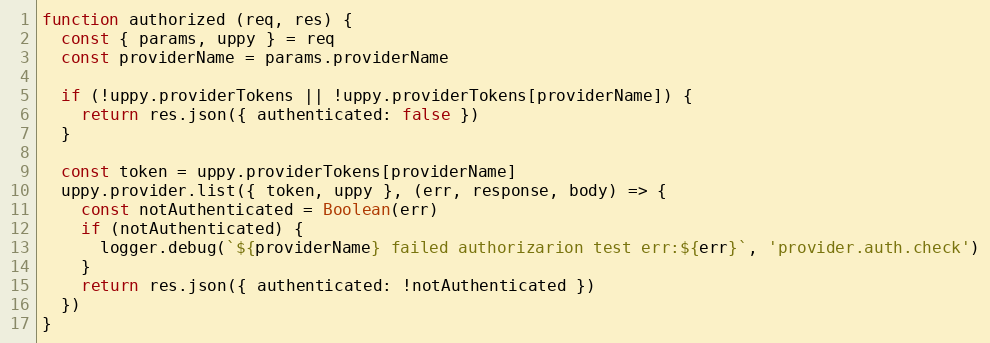
Language: JavaScript
function authorized (req, res) {
  const { params, uppy } = req
  const providerName = params.providerName

  if (!uppy.providerTokens || !uppy.providerTokens[providerName]) {
    return res.json({ authenticated: false })
  }

  const token = uppy.providerTokens[providerName]
  uppy.provider.list({ token, uppy }, (err, response, body) => {
    const notAuthenticated = Boolean(err)
    if (notAuthenticated) {
      logger.debug(`${providerName} failed authorizarion test err:${err}`, 'provider.auth.check')
    }
    return res.json({ authenticated: !notAuthenticated })
  })
}